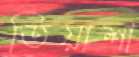
তিয়াশা